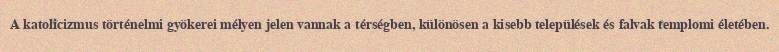
A katolicizmus történelmi gyökerei mélyen jelen vannak a térségben, különösen a kisebb települések és falvak templomi életében.